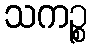
သကဉ္စ